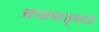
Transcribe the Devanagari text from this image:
सप्तमातृकांत